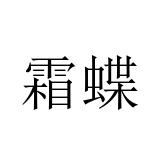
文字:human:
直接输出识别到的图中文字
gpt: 霜蝶